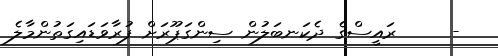
-     ރައީސްގެ ދެކަނބަލުން ސިންގަޕޫރަށް ފުރާވަޑައިގަތުންމާލެ